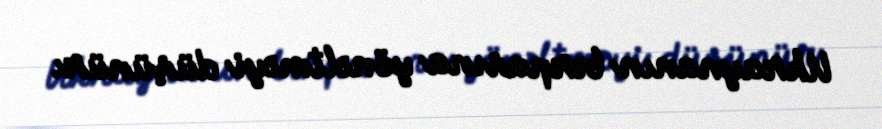
Ukraynanın bərpasına yönəltməyi düşünür.